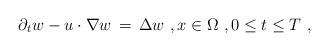
LaTeX: \begin{align*} \partial_t w - u\cdot \nabla w \,=\, \Delta w~, x \in \Omega~, 0 \le t \le T~,\end{align*}